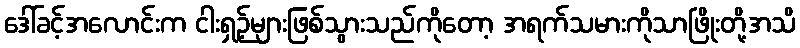
ဒေါ်ခင့်အလောင်းက ငါးရှဉ့်များဖြစ်သွားသည်ကိုတော့ အရက်သမားကိုသာဖြိုးတို့အသိ